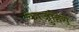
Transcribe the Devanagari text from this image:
काजुहिरो